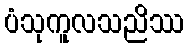
ပံသုကူလသညိဿ